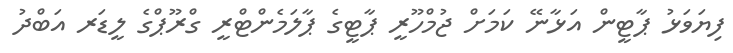
ފިޔަވަޅު ޕާޓީން އަޅާނޭ ކަމަށް ޖުމްހޫރީ ޕާޓީގެ ޕާލަމެންޓްރީ ގްރޫޕްގެ ލީޑަރ އަބްދު